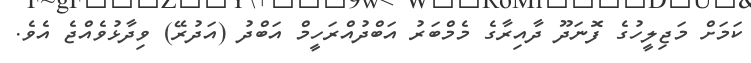
ކަމަށް މަޖިލީހުގެ ފޮނަދޫ ދާއިރާގެ މެމްބަރު އަބްދުއްރަހީމް އަބްދު (އަދުރޭ) ވިދާޅުވެއްޖެ އެވެ.